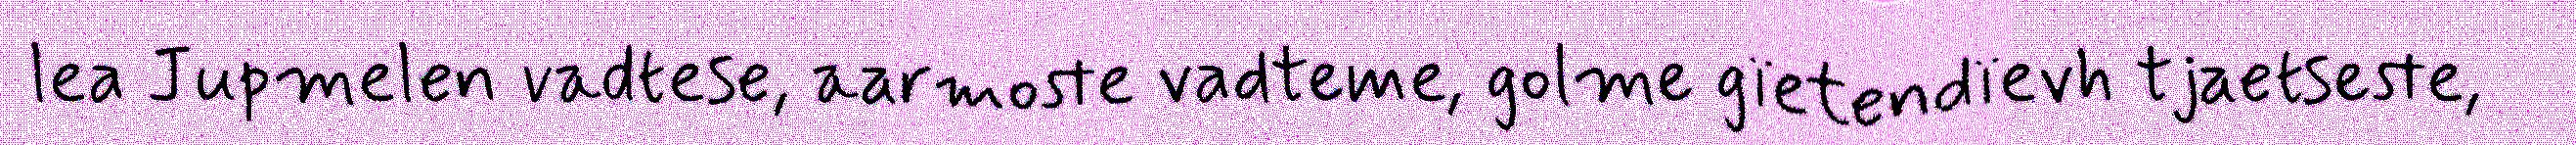
lea Jupmelen vadtese, aarmoste vadteme, golme gïetendïevh tjaetseste,